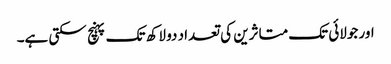
اور جولائی تک متاثرین کی تعداد دو لاکھ تک پہنچ سکتی ہے۔